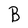
Character: B